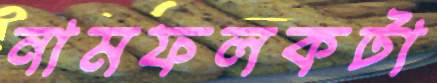
নামফলকটা